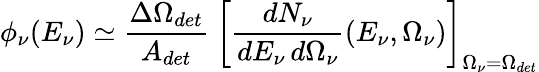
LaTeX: \phi_{\nu}(E_{\nu})\simeq{\frac{\Delta\Omega_{det}}{A_{det}}}~\left[{\frac{dN_{\nu}}{dE_{\nu}\, d\Omega_{\nu}}}(E_{\nu},\Omega_{\nu})\right]_{\Omega_{\nu}=\Omega_{det}}